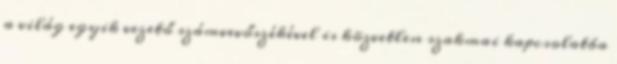
a világ egyik vezető számvevőszékével is közvetlen szakmai kapcsolatba